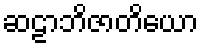
ဆဠာဘိဇာတိယော